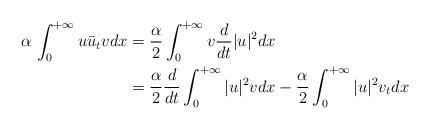
LaTeX: \begin{align*}\alpha\, \int_0^{+\infty}u\bar{u}_tvdx&=\frac{\alpha}{2}\int_0^{+\infty}v \frac{d}{dt}|u|^2 dx\\&=\frac{\alpha}{2}\frac{d}{dt}\int_0^{+\infty}|u|^2vdx -\frac{\alpha}{2}\int_0^{+\infty}|u|^2v_tdx\\\end{align*}